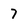
Character: 7